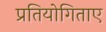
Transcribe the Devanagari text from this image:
प्रतियोगिताए